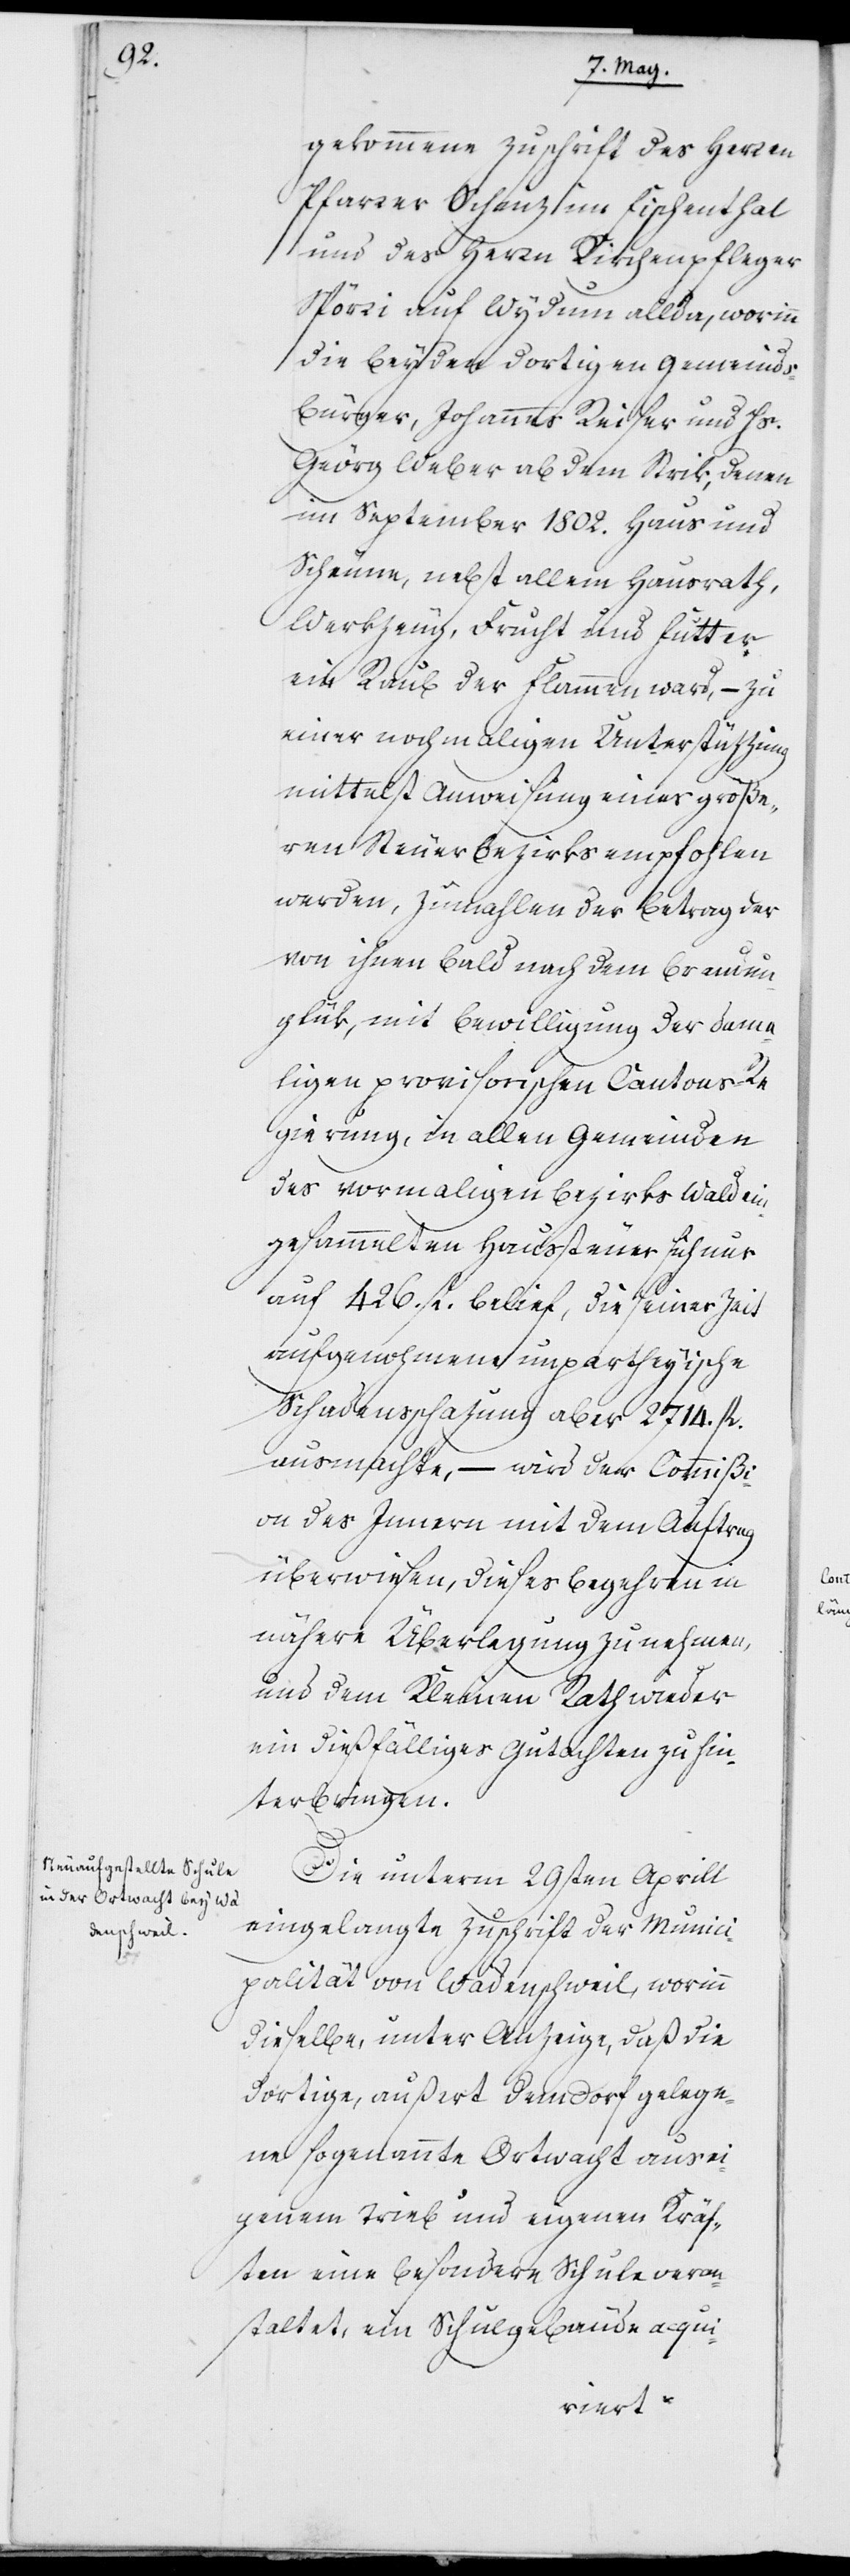
gekommene Zuschrift des Herren
Pfarrer Schinz im Fischenthal
und des Herrn Kirchenpfleger
Spörri auf Wydum allda, worinn
die dortigen beyden Gemeinds¬
bürger, Johannes Reiser und Hs.
Georg Weber ab dem Strik, denen
im September 1802. Haus und
Scheune, nebst allem Hausrath,
Werkzeug, Frucht und Futter
ein Raub der Flammen ward, – zu
einer nochmaligen Unterstützung
mittelst Anweisung eines größe¬
ren Steuerbezirks empfohlen
werden, zumahlen der Betrag der
von ihnen bald nach dem Brandun¬
glük, mit Bewilligung der dama¬
ligen provisorischen Cantons-Re¬
gierung, in allen Gemeinden
des vormaligen Bezirks Wald ein¬
gesammelten Haussteuer sich nur
auf 426. fl. belief, die seiner Zeit
aufgenohmene unpartheyische
Schadensschazung aber 2714. fl.
ausmachte, – wird der Commißi¬
on des Innern mit dem Auftrag
überwiesen, dieses Begehren in
nähere Überlegung zu nehmen,
und dem Kleinen Rath wieder
ein dießfälliges Gutachten zu hin¬
terbringen.
Die unterm 29sten Aprill
eingelangte Zuschrift der Munici¬
palität von Wädenschweil, worinn
dieselbe, unter Anzeige, daß die
dortige, außert dem Dorf gelege¬
ne sogenannte Ortwacht aus ei¬
genem Trieb und eigenen Kräf¬
ten eine besondere Schule veran¬
staltet, ein Schulgebäude acqui-